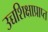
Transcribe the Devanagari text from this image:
उच्चशिक्षाप्राप्त